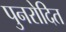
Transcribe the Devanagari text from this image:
पुनरोदित